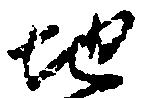
地